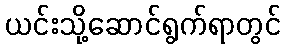
ယင်းသို့ဆောင်ရွက်ရာတွင်